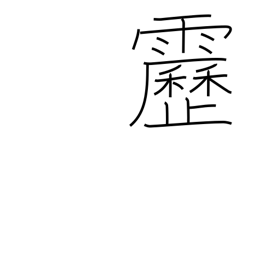
Meaning: lightening